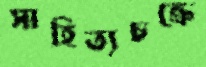
সাহিত্যচক্রে